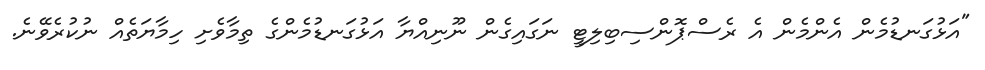
"އަޅުގަނޑުމެން އެންމެން އެ ރެސްޕޮންސިބިލިޓީ ނަގައިގެން ނޫނިއްޔާ އަޅުގަނޑުމެންގެ ތިމާވެށި ހިމާޔަތެއް ނުކުރެވޭނެ.